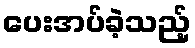
ပေးအပ်ခဲ့သည့်